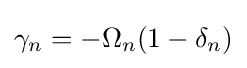
\gamma _{n}=-\Omega _{n}(1-\delta _{n})